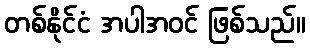
တစ်နိုင်ငံ အပါအဝင် ဖြစ်သည်။